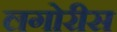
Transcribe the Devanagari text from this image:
लगोरीस